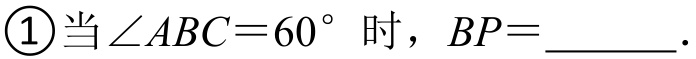
\textcircled{1}当\(\angle ABC = 60^{\circ}\)时，\(BP=\)________．